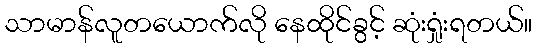
သာမာန်လူတယောက်လို နေထိုင်ခွင့် ဆုံးရှုံးရတယ်။